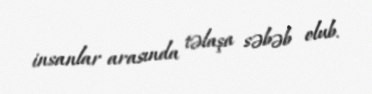
insanlar arasında təlaşa səbəb olub.